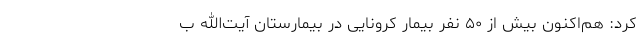
کرد: هم‌اکنون بیش از ۵۰ نفر بیمار کرونایی در بیمارستان آیت‌الله ب